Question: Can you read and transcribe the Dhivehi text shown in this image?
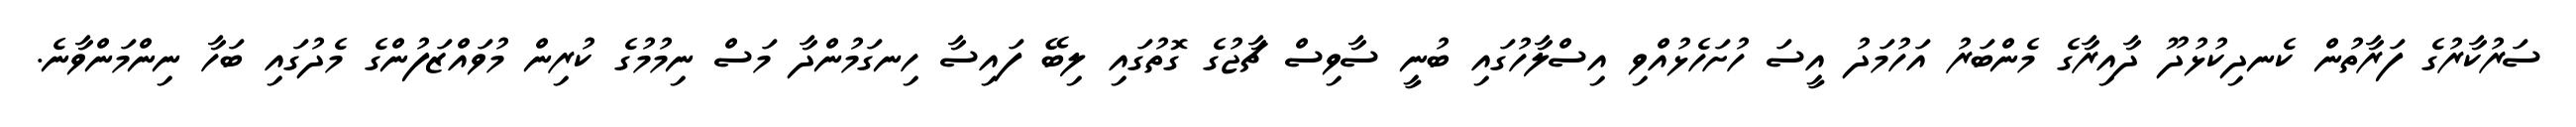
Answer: ސަރުކާރުގެ ފަރާތުން ކެނދިކުޅުދޫ ދާއިރާގެ މެންބަރު އަހުމަދު އީސަ ހުށަހެޅުއްވި އިސްލާހުގައި ބުނީ ސާވިސް ޗާޖުގެ ގޮތުގައި ލިބޭ ފައިސާ ހިނގަމުންދާ މަސް ނިމުމުގެ ކުރިން މުވައްޒަފުންގެ މެދުގައި ބަހާ ނިންމަންވާނެ.